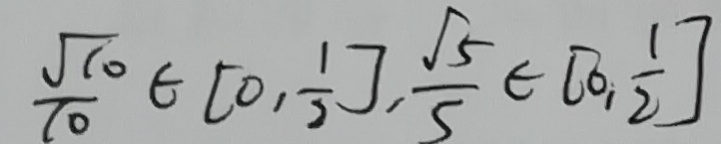
\frac { \sqrt { 1 0 } } { 1 0 } \in [ 0 , \frac { 1 } { 2 } ] , \frac { \sqrt { 5 } } { 5 } \in [ 0 , \frac { 1 } { 2 } ]